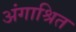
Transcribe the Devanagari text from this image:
अंगाश्रित